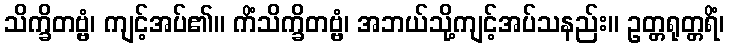
သိက္ခိတဗ္ဗံ၊ ကျင့်အပ်၏။ ကိံသိက္ခိတဗ္ဗံ၊ အဘယ်သို့ကျင့်အပ်သနည်း။ ဥတ္တရုတ္တရိံ၊